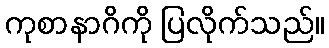
ကုစာနာဂိကို ပြလိုက်သည်။